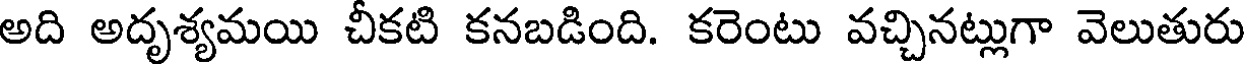
అది అదృశ్యమయి చీకటి కనబడింది. కరెంటు వచ్చినట్లుగా వెలుతురు